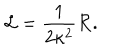
\mathcal { L } = \frac { 1 } { 2 \kappa ^ { 2 } } \mathcal { R } .